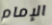
الإمام